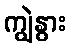
ကျွဲနွား